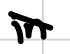
Text: in
Cross-out: diagonal
Writing tool: digital_black